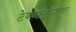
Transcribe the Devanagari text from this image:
टेक्नॉलॉजीवर